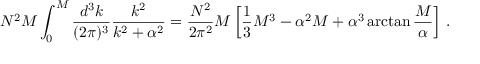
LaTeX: N ^ { 2 } M \int _ { 0 } ^ { M } { \frac { d ^ { 3 } k } { ( 2 \pi ) ^ { 3 } } } { \frac { k ^ { 2 } } { k ^ { 2 } + \alpha ^ { 2 } } } = { \frac { N ^ { 2 } } { 2 \pi ^ { 2 } } } M \left[ { \frac { 1 } { 3 } } M ^ { 3 } - \alpha ^ { 2 } M + \alpha ^ { 3 } \arctan { \frac { M } { \alpha } } \right] \, .